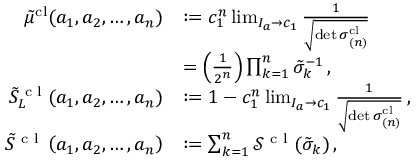
\begin{array} { r l } { \tilde { \mu } ^ { \mathrm { c l } } ( a _ { 1 } , a _ { 2 } , \dots , a _ { n } ) } & { : = c _ { 1 } ^ { n } \operatorname* { l i m } _ { I _ { a } \to c _ { 1 } } \frac { 1 } { \sqrt { \operatorname* { d e t } \boldsymbol { \sigma } _ { ( n ) } ^ { \mathrm { c l } } } } } \\ & { = \left( \frac { 1 } { 2 ^ { n } } \right) \prod _ { k = 1 } ^ { n } \tilde { \sigma } _ { k } ^ { - 1 } \, , } \\ { \tilde { S } _ { L } ^ { \textrm { c l } } ( a _ { 1 } , a _ { 2 } , \dots , a _ { n } ) } & { : = 1 - c _ { 1 } ^ { n } \operatorname* { l i m } _ { I _ { a } \to c _ { 1 } } \frac { 1 } { \sqrt { \operatorname* { d e t } \boldsymbol { \sigma } _ { ( n ) } ^ { \mathrm { c l } } } } \, , } \\ { \tilde { S } ^ { \textrm { c l } } \left( a _ { 1 } , a _ { 2 } , \dots , a _ { n } \right) } & { : = \sum _ { k = 1 } ^ { n } \mathcal { S } ^ { \textrm { c l } } ( \tilde { \sigma } _ { k } ) \, , } \end{array}